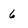
Character: 6